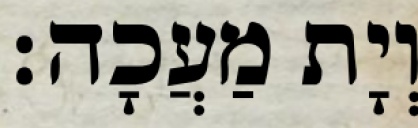
וְיָת מַעֲכָה׃